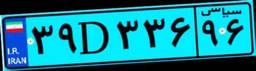
۲۸D۷۷۵۲۵